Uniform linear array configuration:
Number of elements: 12
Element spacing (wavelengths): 1
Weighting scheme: uniform
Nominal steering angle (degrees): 60
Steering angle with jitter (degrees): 59.442
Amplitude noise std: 0.05
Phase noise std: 0.05

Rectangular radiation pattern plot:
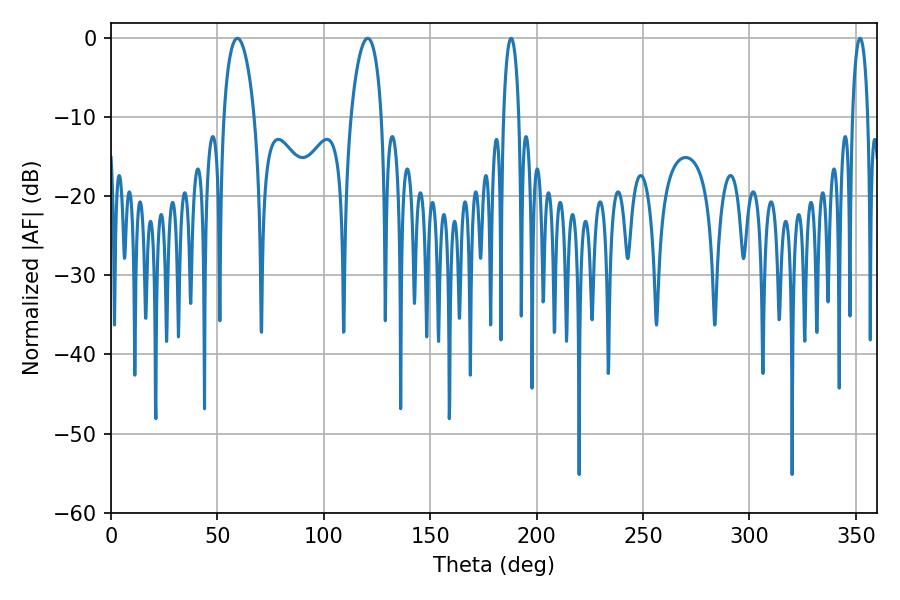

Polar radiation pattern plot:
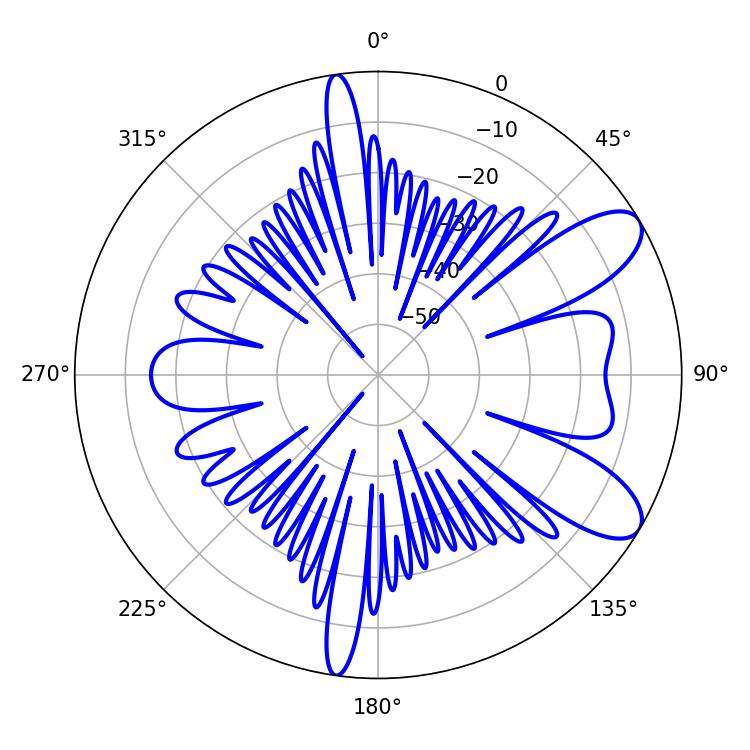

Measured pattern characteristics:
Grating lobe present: TRUE
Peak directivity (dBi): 8.998
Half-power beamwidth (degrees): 8.1
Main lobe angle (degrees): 59.4